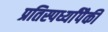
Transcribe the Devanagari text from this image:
प्रतिस्पर्ध्यांपैकी